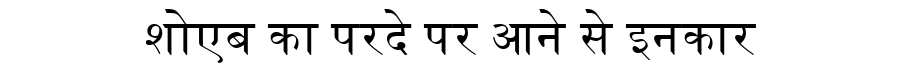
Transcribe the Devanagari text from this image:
शोएब का परदे पर आने से इनकार